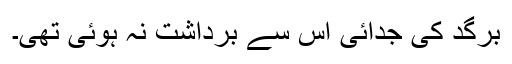
برگد کی جدائی اْس سے برداشت نہ ہوئی تھی۔